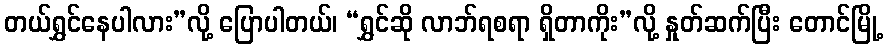
တယ်ရွှင်နေပါလား”လို့ ပြောပါတယ်၊ “ရွှင်ဆို လာဘ်ရစရာ ရှိတာကိုး”လို့ နှုတ်ဆက်ပြီး တောင်မြို့